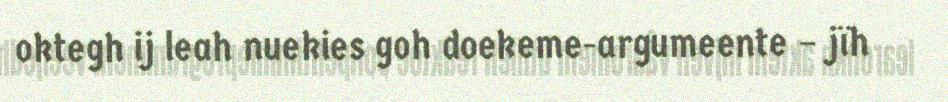
oktegh ij leah nuekies goh doekeme-argumeente – jïh